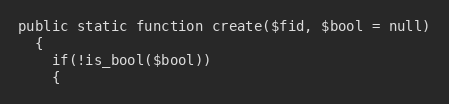
Language: PHP
public static function create($fid, $bool = null)
  {
    if(!is_bool($bool))
    {